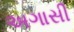
અગાસી